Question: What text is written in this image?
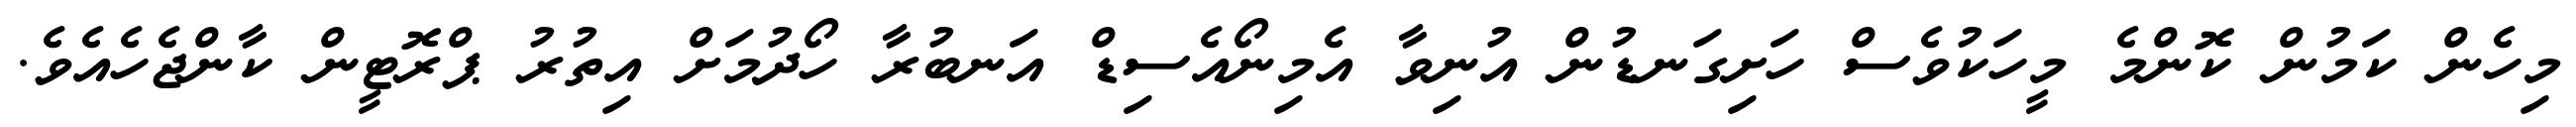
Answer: މިހެން ކަމުން ކޮންމެ މީހަކުވެސް ހަށިގަނޑުން އުނިވާ އެމިނޯއެސިޑް އަނބުރާ ހޯދުމަށް އިތުރު ޕްރޮޓީން ކާންޖެހެއެވެ.